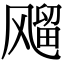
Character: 飗